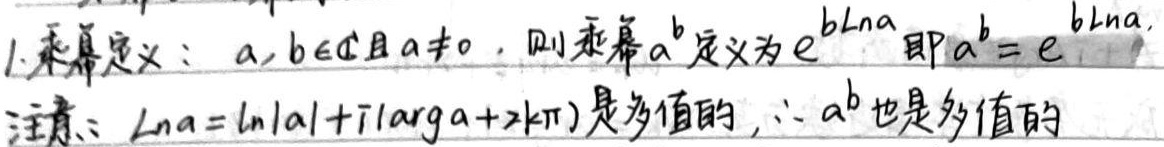
1. 乘幂定义：\(a,b\in\mathbb{C}\)且\(a\neq0\)，则乘幂\(a^{b}\)定义为\(e^{b\mathrm{Ln}a}\)，即
\[a^{b}=e^{b\mathrm{Ln}a}\]
注意：\(\mathrm{Ln}a = \ln|a|+i(\text{arg}a + 2k\pi)\)是多值的，\(\therefore a^{b}\)也是多值的。